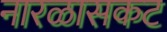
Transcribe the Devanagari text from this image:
नारळासकट